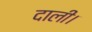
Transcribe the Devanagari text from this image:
दाली।